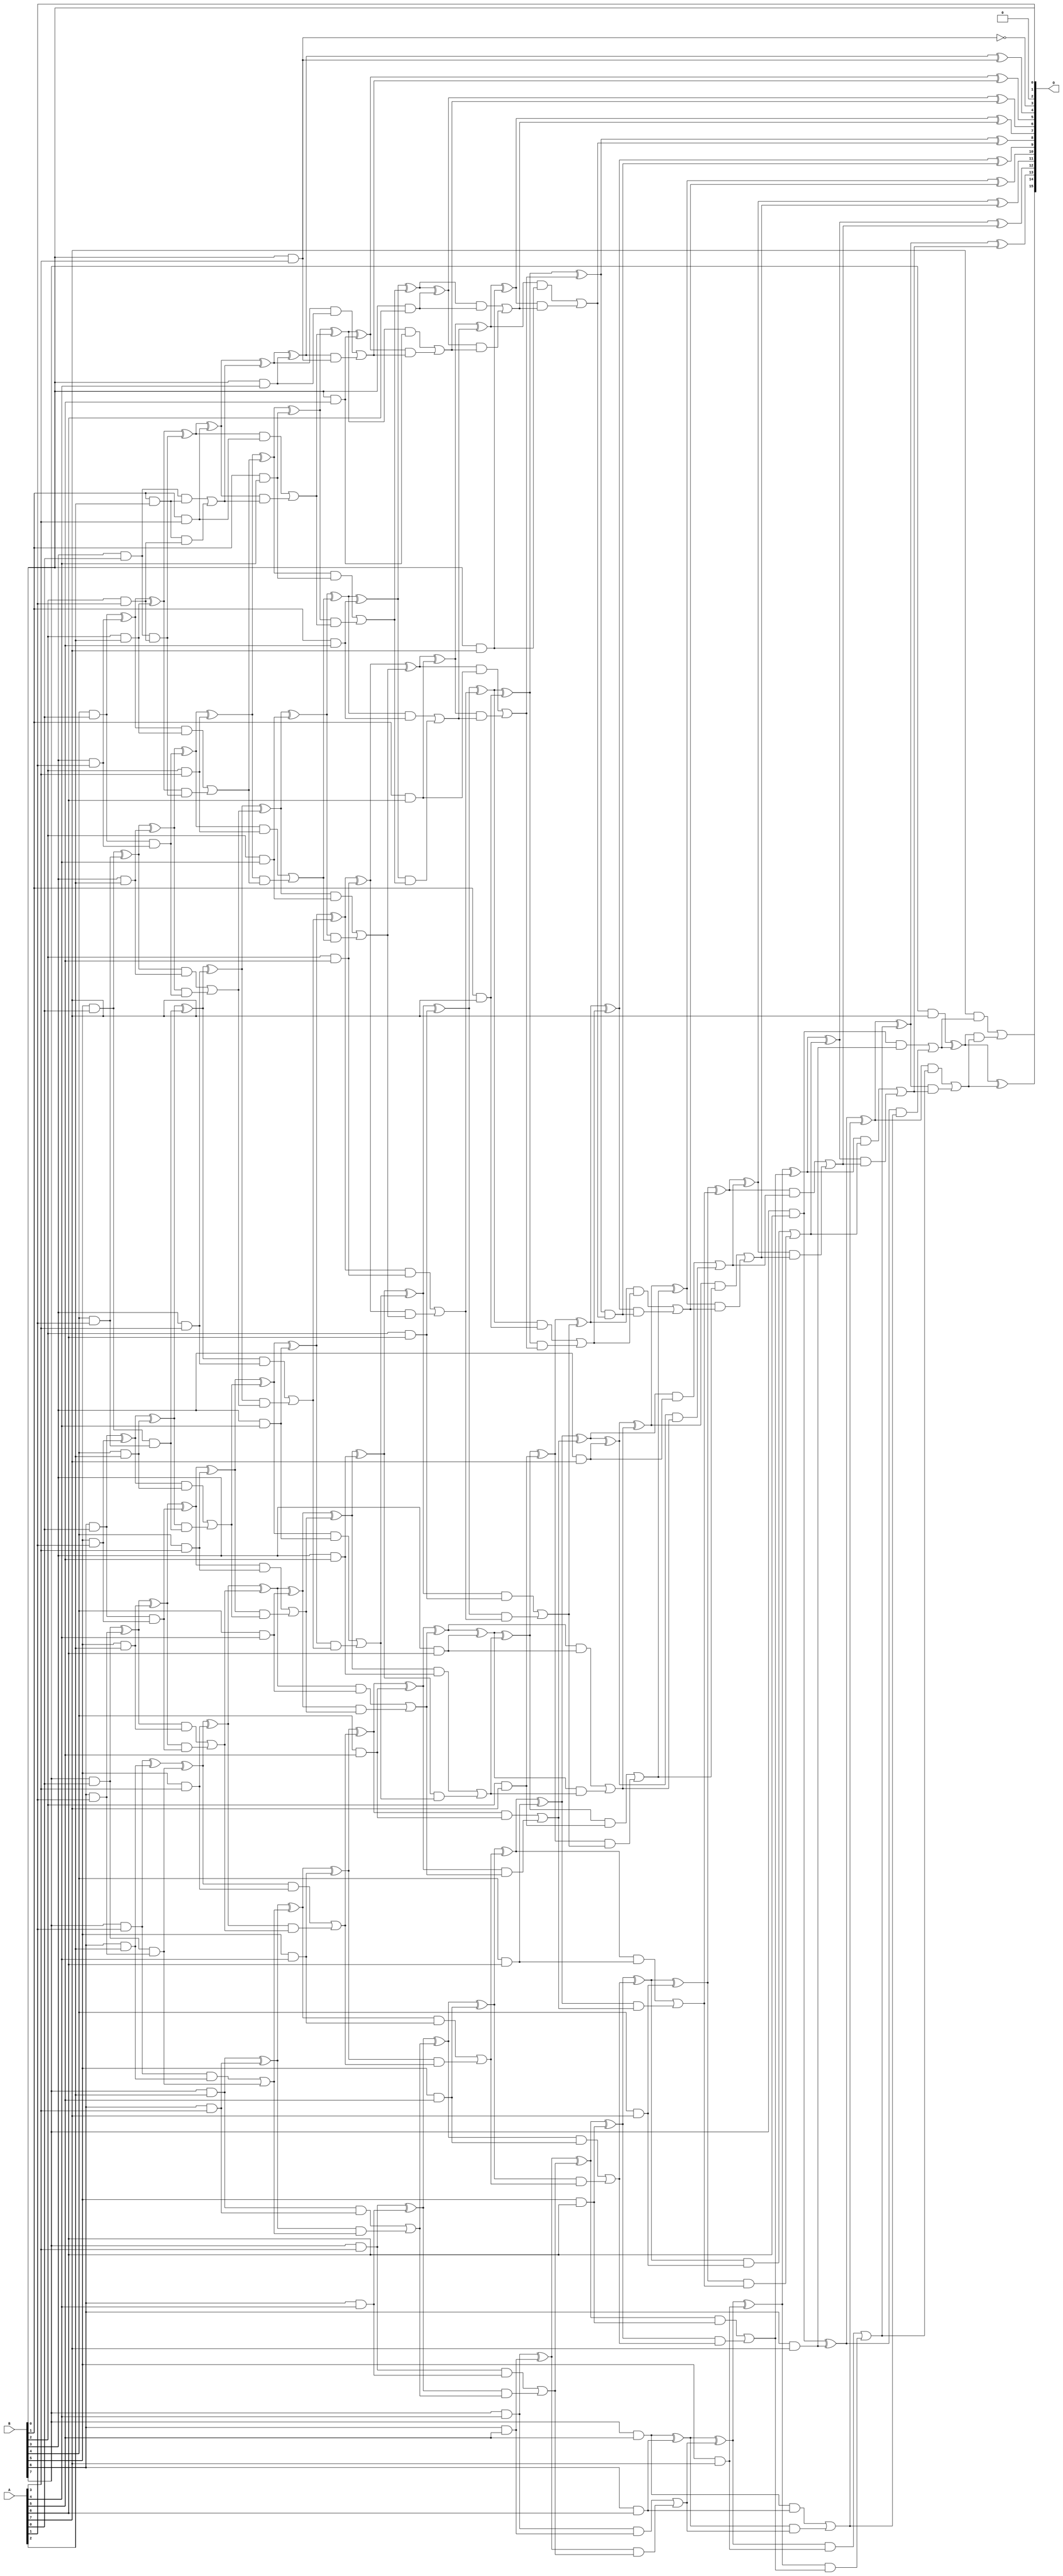
// This program was cloned from: https://github.com/ehw-fit/evoapproxlib
// License: MIT License

/***
* This code is a part of EvoApproxLib library (ehw.fit.vutbr.cz/approxlib) distributed under The MIT License.
* When used, please cite the following article(s): V. Mrazek, Z. Vasicek, L. Sekanina, H. Jiang and J. Han, "Scalable Construction of Approximate Multipliers With Formally Guaranteed Worst Case Error" in IEEE Transactions on Very Large Scale Integration (VLSI) Systems, vol. 26, no. 11, pp. 2572-2576, Nov. 2018. doi: 10.1109/TVLSI.2018.2856362 
* This file contains a circuit from a sub-set of pareto optimal circuits with respect to the pwr and wce parameters
***/
// MAE% = 0.00000011 %
// MAE = 4.9 
// WCE% = 0.00000023 %
// WCE = 10 
// WCRE% = 800.00 %
// EP% = 90.62 %
// MRE% = 0.000015 %
// MSE = 33 
// PDK45_PWR = 2.176 mW
// PDK45_AREA = 3128.4 um2
// PDK45_DELAY = 3.15 ns

module mult8_cgp14_wc10_csamrca (
    A,
    B,
    O
);

input [7:0] A;
input [7:0] B;
output [15:0] O;

wire sig_19,sig_20,sig_21,sig_22,sig_23,sig_26,sig_27,sig_28,sig_29,sig_30,sig_31,sig_37,sig_38,sig_39,sig_40,sig_41,sig_42,sig_43,sig_44,sig_45;
wire sig_47,sig_48,sig_49,sig_50,sig_51,sig_52,sig_53,sig_60,sig_61,sig_63,sig_64,sig_65,sig_66,sig_67,sig_68,sig_69,sig_70,sig_71,sig_72,sig_73;
wire sig_74,sig_75,sig_76,sig_77,sig_78,sig_79,sig_80,sig_81,sig_82,sig_83,sig_84,sig_85,sig_87,sig_88,sig_89,sig_90,sig_91,sig_92,sig_93,sig_94;
wire sig_95,sig_96,sig_100,sig_102,sig_103,sig_104,sig_105,sig_106,sig_107,sig_108,sig_109,sig_110,sig_111,sig_112,sig_113,sig_114,sig_115,sig_116,sig_117,sig_118;
wire sig_119,sig_120,sig_121,sig_122,sig_123,sig_124,sig_125,sig_126,sig_127,sig_128,sig_129,sig_130,sig_131,sig_132,sig_133,sig_134,sig_135,sig_136,sig_137,sig_138;
wire sig_139,sig_140,sig_141,sig_142,sig_143,sig_144,sig_145,sig_146,sig_147,sig_148,sig_149,sig_150,sig_151,sig_152,sig_153,sig_154,sig_155,sig_156,sig_157,sig_158;
wire sig_159,sig_160,sig_161,sig_162,sig_163,sig_164,sig_165,sig_166,sig_167,sig_168,sig_169,sig_170,sig_171,sig_172,sig_173,sig_174,sig_175,sig_176,sig_177,sig_178;
wire sig_179,sig_180,sig_181,sig_182,sig_183,sig_184,sig_185,sig_186,sig_187,sig_188,sig_189,sig_190,sig_191,sig_192,sig_193,sig_194,sig_195,sig_196,sig_197,sig_198;
wire sig_199,sig_200,sig_201,sig_202,sig_203,sig_204,sig_205,sig_206,sig_207,sig_208,sig_209,sig_210,sig_211,sig_212,sig_213,sig_214,sig_215,sig_216,sig_217,sig_218;
wire sig_219,sig_220,sig_221,sig_222,sig_223,sig_224,sig_225,sig_226,sig_227,sig_228,sig_229,sig_230,sig_231,sig_232,sig_233,sig_234,sig_235,sig_236,sig_237,sig_238;
wire sig_239,sig_240,sig_241,sig_242,sig_243,sig_244,sig_245,sig_246,sig_247,sig_248,sig_249,sig_250,sig_251,sig_252,sig_253,sig_254,sig_255,sig_256,sig_257,sig_258;
wire sig_259,sig_260,sig_261,sig_262,sig_263,sig_264,sig_265,sig_266,sig_267,sig_268,sig_269,sig_270,sig_271,sig_272,sig_273,sig_274,sig_275,sig_276,sig_277,sig_278;
wire sig_279,sig_280,sig_281,sig_282,sig_283,sig_284,sig_285,sig_286,sig_287,sig_288,sig_289,sig_290,sig_291,sig_292,sig_293,sig_294,sig_295,sig_296,sig_297,sig_298;
wire sig_299,sig_300,sig_301,sig_302,sig_303,sig_304,sig_305,sig_306,sig_307,sig_308,sig_309,sig_310,sig_311,sig_312,sig_313,sig_314,sig_315,sig_316,sig_317,sig_318;
wire sig_319,sig_320,sig_321,sig_322,sig_323,sig_324,sig_325,sig_326,sig_327,sig_328,sig_329,sig_330,sig_331,sig_332,sig_333,sig_334,sig_335;

assign sig_19 = B[3] & A[0];
assign sig_20 = B[4] & A[0];
assign sig_21 = B[5] & A[0];
assign sig_22 = B[6] & A[0];
assign sig_23 = B[7] & A[0];
assign sig_26 = B[2] & A[1];
assign sig_27 = B[3] & A[1];
assign sig_28 = B[4] & A[1];
assign sig_29 = B[5] & A[1];
assign sig_30 = B[6] & A[1];
assign sig_31 = B[7] & A[1];
assign sig_37 = sig_19 & sig_26;
assign sig_38 = sig_20 ^ sig_27;
assign sig_39 = sig_20 & sig_27;
assign sig_40 = sig_21 ^ sig_28;
assign sig_41 = sig_21 & sig_28;
assign sig_42 = sig_22 ^ sig_29;
assign sig_43 = sig_22 & sig_29;
assign sig_44 = sig_23 ^ sig_30;
assign sig_45 = sig_23 & sig_30;
assign sig_47 = B[1] & A[2];
assign sig_48 = B[2] & A[2];
assign sig_49 = B[3] & A[2];
assign sig_50 = B[4] & A[2];
assign sig_51 = B[5] & A[2];
assign sig_52 = B[6] & A[2];
assign sig_53 = B[7] & A[2];
assign sig_60 = sig_19 & sig_47;
assign sig_61 = sig_47 & sig_26;
assign sig_63 = sig_60 | sig_61;
assign sig_64 = sig_38 ^ sig_48;
assign sig_65 = sig_38 & sig_48;
assign sig_66 = sig_64 & sig_37;
assign sig_67 = sig_64 ^ sig_37;
assign sig_68 = sig_65 | sig_66;
assign sig_69 = sig_40 ^ sig_49;
assign sig_70 = sig_40 & sig_49;
assign sig_71 = sig_69 & sig_39;
assign sig_72 = sig_69 ^ sig_39;
assign sig_73 = sig_70 | sig_71;
assign sig_74 = sig_42 ^ sig_50;
assign sig_75 = sig_42 & sig_50;
assign sig_76 = sig_74 & sig_41;
assign sig_77 = sig_74 ^ sig_41;
assign sig_78 = sig_75 | sig_76;
assign sig_79 = sig_44 ^ sig_51;
assign sig_80 = sig_44 & sig_51;
assign sig_81 = sig_79 & sig_43;
assign sig_82 = sig_79 ^ sig_43;
assign sig_83 = sig_80 | sig_81;
assign sig_84 = sig_31 ^ sig_52;
assign sig_85 = sig_31 & sig_52;
assign sig_87 = sig_84 ^ sig_45;
assign sig_88 = sig_85 | sig_45;
assign sig_89 = B[0] & A[3];
assign sig_90 = B[1] & A[3];
assign sig_91 = B[2] & A[3];
assign sig_92 = B[3] & A[3];
assign sig_93 = B[4] & A[3];
assign sig_94 = B[5] & A[3];
assign sig_95 = B[6] & A[3];
assign sig_96 = B[7] & A[3];
assign sig_100 = ~sig_89;
assign sig_102 = sig_67 ^ sig_90;
assign sig_103 = sig_67 & sig_90;
assign sig_104 = sig_102 & sig_63;
assign sig_105 = sig_102 ^ sig_63;
assign sig_106 = sig_103 | sig_104;
assign sig_107 = sig_72 ^ sig_91;
assign sig_108 = sig_72 & sig_91;
assign sig_109 = sig_107 & sig_68;
assign sig_110 = sig_107 ^ sig_68;
assign sig_111 = sig_108 | sig_109;
assign sig_112 = sig_77 ^ sig_92;
assign sig_113 = sig_77 & sig_92;
assign sig_114 = sig_112 & sig_73;
assign sig_115 = sig_112 ^ sig_73;
assign sig_116 = sig_113 | sig_114;
assign sig_117 = sig_82 ^ sig_93;
assign sig_118 = sig_82 & sig_93;
assign sig_119 = sig_117 & sig_78;
assign sig_120 = sig_117 ^ sig_78;
assign sig_121 = sig_118 | sig_119;
assign sig_122 = sig_87 ^ sig_94;
assign sig_123 = sig_87 & sig_94;
assign sig_124 = sig_122 & sig_83;
assign sig_125 = sig_122 ^ sig_83;
assign sig_126 = sig_123 | sig_124;
assign sig_127 = sig_53 ^ sig_95;
assign sig_128 = sig_53 & sig_95;
assign sig_129 = sig_127 & sig_88;
assign sig_130 = sig_127 ^ sig_88;
assign sig_131 = sig_128 | sig_129;
assign sig_132 = B[0] & A[4];
assign sig_133 = B[1] & A[4];
assign sig_134 = B[2] & A[4];
assign sig_135 = B[3] & A[4];
assign sig_136 = B[4] & A[4];
assign sig_137 = B[5] & A[4];
assign sig_138 = B[6] & A[4];
assign sig_139 = B[7] & A[4];
assign sig_140 = sig_105 ^ sig_132;
assign sig_141 = sig_105 & sig_132;
assign sig_142 = sig_140 & sig_89;
assign sig_143 = sig_140 ^ sig_89;
assign sig_144 = sig_141 | sig_142;
assign sig_145 = sig_110 ^ sig_133;
assign sig_146 = sig_110 & sig_133;
assign sig_147 = sig_145 & sig_106;
assign sig_148 = sig_145 ^ sig_106;
assign sig_149 = sig_146 | sig_147;
assign sig_150 = sig_115 ^ sig_134;
assign sig_151 = sig_115 & sig_134;
assign sig_152 = sig_150 & sig_111;
assign sig_153 = sig_150 ^ sig_111;
assign sig_154 = sig_151 | sig_152;
assign sig_155 = sig_120 ^ sig_135;
assign sig_156 = sig_120 & sig_135;
assign sig_157 = sig_155 & sig_116;
assign sig_158 = sig_155 ^ sig_116;
assign sig_159 = sig_156 | sig_157;
assign sig_160 = sig_125 ^ sig_136;
assign sig_161 = sig_125 & sig_136;
assign sig_162 = sig_160 & sig_121;
assign sig_163 = sig_160 ^ sig_121;
assign sig_164 = sig_161 | sig_162;
assign sig_165 = sig_130 ^ sig_137;
assign sig_166 = sig_130 & sig_137;
assign sig_167 = sig_165 & sig_126;
assign sig_168 = sig_165 ^ sig_126;
assign sig_169 = sig_166 | sig_167;
assign sig_170 = sig_96 ^ sig_138;
assign sig_171 = sig_96 & sig_138;
assign sig_172 = sig_170 & sig_131;
assign sig_173 = sig_170 ^ sig_131;
assign sig_174 = sig_171 | sig_172;
assign sig_175 = B[0] & A[5];
assign sig_176 = B[1] & A[5];
assign sig_177 = B[2] & A[5];
assign sig_178 = B[3] & A[5];
assign sig_179 = B[4] & A[5];
assign sig_180 = B[5] & A[5];
assign sig_181 = B[6] & A[5];
assign sig_182 = B[7] & A[5];
assign sig_183 = sig_148 ^ sig_175;
assign sig_184 = sig_148 & sig_175;
assign sig_185 = sig_183 & sig_144;
assign sig_186 = sig_183 ^ sig_144;
assign sig_187 = sig_184 | sig_185;
assign sig_188 = sig_153 ^ sig_176;
assign sig_189 = sig_153 & sig_176;
assign sig_190 = sig_188 & sig_149;
assign sig_191 = sig_188 ^ sig_149;
assign sig_192 = sig_189 | sig_190;
assign sig_193 = sig_158 ^ sig_177;
assign sig_194 = sig_158 & sig_177;
assign sig_195 = sig_193 & sig_154;
assign sig_196 = sig_193 ^ sig_154;
assign sig_197 = sig_194 | sig_195;
assign sig_198 = sig_163 ^ sig_178;
assign sig_199 = sig_163 & sig_178;
assign sig_200 = sig_198 & sig_159;
assign sig_201 = sig_198 ^ sig_159;
assign sig_202 = sig_199 | sig_200;
assign sig_203 = sig_168 ^ sig_179;
assign sig_204 = sig_168 & sig_179;
assign sig_205 = sig_203 & sig_164;
assign sig_206 = sig_203 ^ sig_164;
assign sig_207 = sig_204 | sig_205;
assign sig_208 = sig_173 ^ sig_180;
assign sig_209 = sig_173 & sig_180;
assign sig_210 = sig_208 & sig_169;
assign sig_211 = sig_208 ^ sig_169;
assign sig_212 = sig_209 | sig_210;
assign sig_213 = sig_139 ^ sig_181;
assign sig_214 = sig_139 & sig_181;
assign sig_215 = sig_213 & sig_174;
assign sig_216 = sig_213 ^ sig_174;
assign sig_217 = sig_214 | sig_215;
assign sig_218 = B[0] & A[6];
assign sig_219 = B[1] & A[6];
assign sig_220 = B[2] & A[6];
assign sig_221 = B[3] & A[6];
assign sig_222 = B[4] & A[6];
assign sig_223 = B[5] & A[6];
assign sig_224 = B[6] & A[6];
assign sig_225 = B[7] & A[6];
assign sig_226 = sig_191 ^ sig_218;
assign sig_227 = sig_191 & sig_218;
assign sig_228 = sig_226 & sig_187;
assign sig_229 = sig_226 ^ sig_187;
assign sig_230 = sig_227 | sig_228;
assign sig_231 = sig_196 ^ sig_219;
assign sig_232 = sig_196 & sig_219;
assign sig_233 = sig_231 & sig_192;
assign sig_234 = sig_231 ^ sig_192;
assign sig_235 = sig_232 | sig_233;
assign sig_236 = sig_201 ^ sig_220;
assign sig_237 = sig_201 & sig_220;
assign sig_238 = sig_236 & sig_197;
assign sig_239 = sig_236 ^ sig_197;
assign sig_240 = sig_237 | sig_238;
assign sig_241 = sig_206 ^ sig_221;
assign sig_242 = sig_206 & sig_221;
assign sig_243 = sig_241 & sig_202;
assign sig_244 = sig_241 ^ sig_202;
assign sig_245 = sig_242 | sig_243;
assign sig_246 = sig_211 ^ sig_222;
assign sig_247 = sig_211 & sig_222;
assign sig_248 = sig_246 & sig_207;
assign sig_249 = sig_246 ^ sig_207;
assign sig_250 = sig_247 | sig_248;
assign sig_251 = sig_216 ^ sig_223;
assign sig_252 = sig_216 & sig_223;
assign sig_253 = sig_251 & sig_212;
assign sig_254 = sig_251 ^ sig_212;
assign sig_255 = sig_252 | sig_253;
assign sig_256 = sig_182 ^ sig_224;
assign sig_257 = sig_182 & sig_224;
assign sig_258 = sig_256 & sig_217;
assign sig_259 = sig_256 ^ sig_217;
assign sig_260 = sig_257 | sig_258;
assign sig_261 = B[0] & A[7];
assign sig_262 = B[1] & A[7];
assign sig_263 = B[2] & A[7];
assign sig_264 = B[3] & A[7];
assign sig_265 = B[4] & A[7];
assign sig_266 = B[5] & A[7];
assign sig_267 = B[6] & A[7];
assign sig_268 = B[7] & A[7];
assign sig_269 = sig_234 ^ sig_261;
assign sig_270 = sig_234 & sig_261;
assign sig_271 = sig_269 & sig_230;
assign sig_272 = sig_269 ^ sig_230;
assign sig_273 = sig_270 | sig_271;
assign sig_274 = sig_239 ^ sig_262;
assign sig_275 = sig_239 & sig_262;
assign sig_276 = sig_274 & sig_235;
assign sig_277 = sig_274 ^ sig_235;
assign sig_278 = sig_275 | sig_276;
assign sig_279 = sig_244 ^ sig_263;
assign sig_280 = sig_244 & sig_263;
assign sig_281 = sig_279 & sig_240;
assign sig_282 = sig_279 ^ sig_240;
assign sig_283 = sig_280 | sig_281;
assign sig_284 = sig_249 ^ sig_264;
assign sig_285 = sig_249 & sig_264;
assign sig_286 = sig_284 & sig_245;
assign sig_287 = sig_284 ^ sig_245;
assign sig_288 = sig_285 | sig_286;
assign sig_289 = sig_254 ^ sig_265;
assign sig_290 = sig_254 & sig_265;
assign sig_291 = sig_289 & sig_250;
assign sig_292 = sig_289 ^ sig_250;
assign sig_293 = sig_290 | sig_291;
assign sig_294 = sig_259 ^ sig_266;
assign sig_295 = sig_259 & sig_266;
assign sig_296 = sig_294 & sig_255;
assign sig_297 = sig_294 ^ sig_255;
assign sig_298 = sig_295 | sig_296;
assign sig_299 = sig_225 ^ sig_267;
assign sig_300 = sig_225 & sig_267;
assign sig_301 = sig_299 & sig_260;
assign sig_302 = sig_299 ^ sig_260;
assign sig_303 = sig_300 | sig_301;
assign sig_304 = sig_277 ^ sig_273;
assign sig_305 = sig_277 & sig_273;
assign sig_306 = sig_282 ^ sig_278;
assign sig_307 = sig_282 & sig_278;
assign sig_308 = sig_306 & sig_305;
assign sig_309 = sig_306 ^ sig_305;
assign sig_310 = sig_307 | sig_308;
assign sig_311 = sig_287 ^ sig_283;
assign sig_312 = sig_287 & sig_283;
assign sig_313 = sig_311 & sig_310;
assign sig_314 = sig_311 ^ sig_310;
assign sig_315 = sig_312 | sig_313;
assign sig_316 = sig_292 ^ sig_288;
assign sig_317 = sig_292 & sig_288;
assign sig_318 = sig_316 & sig_315;
assign sig_319 = sig_316 ^ sig_315;
assign sig_320 = sig_317 | sig_318;
assign sig_321 = sig_297 ^ sig_293;
assign sig_322 = sig_297 & sig_293;
assign sig_323 = sig_321 & sig_320;
assign sig_324 = sig_321 ^ sig_320;
assign sig_325 = sig_322 | sig_323;
assign sig_326 = sig_302 ^ sig_298;
assign sig_327 = sig_302 & sig_298;
assign sig_328 = sig_326 & sig_325;
assign sig_329 = sig_326 ^ sig_325;
assign sig_330 = sig_327 | sig_328;
assign sig_331 = sig_268 ^ sig_303;
assign sig_332 = A[7] & sig_303;
assign sig_333 = sig_331 & sig_330;
assign sig_334 = sig_331 ^ sig_330;
assign sig_335 = sig_332 | sig_333;

assign O[15] = sig_335;
assign O[14] = sig_334;
assign O[13] = sig_329;
assign O[12] = sig_324;
assign O[11] = sig_319;
assign O[10] = sig_314;
assign O[9] = sig_309;
assign O[8] = sig_304;
assign O[7] = sig_272;
assign O[6] = sig_229;
assign O[5] = sig_186;
assign O[4] = sig_143;
assign O[3] = sig_100;
assign O[2] = 1'b0;
assign O[1] = A[1];
assign O[0] = B[0];

endmodule



module mul8_364(A, B, O);
  input [7:0] A;
  input [7:0] B;
  output [15:0] O;
  wire [2031:0] N;

  assign N[0] = A[0];
  assign N[1] = A[0];
  assign N[2] = A[1];
  assign N[3] = A[1];
  assign N[4] = A[2];
  assign N[5] = A[2];
  assign N[6] = A[3];
  assign N[7] = A[3];
  assign N[8] = A[4];
  assign N[9] = A[4];
  assign N[10] = A[5];
  assign N[11] = A[5];
  assign N[12] = A[6];
  assign N[13] = A[6];
  assign N[14] = A[7];
  assign N[15] = A[7];
  assign N[16] = B[0];
  assign N[17] = B[0];
  assign N[18] = B[1];
  assign N[19] = B[1];
  assign N[20] = B[2];
  assign N[21] = B[2];
  assign N[22] = B[3];
  assign N[23] = B[3];
  assign N[24] = B[4];
  assign N[25] = B[4];
  assign N[26] = B[5];
  assign N[27] = B[5];
  assign N[28] = B[6];
  assign N[29] = B[6];
  assign N[30] = B[7];
  assign N[31] = B[7];

  PDKGENAND2X1 n32(.A(N[0]), .B(N[16]), .Y(N[32]));
  PDKGENAND2X1 n48(.A(N[2]), .B(N[16]), .Y(N[48]));
  PDKGENAND2X1 n64(.A(N[4]), .B(N[16]), .Y(N[64]));
  PDKGENAND2X1 n82(.A(N[6]), .B(N[16]), .Y(N[82]));
  PDKGENAND2X1 n98(.A(N[8]), .B(N[16]), .Y(N[98]));
  PDKGENAND2X1 n114(.A(N[10]), .B(N[16]), .Y(N[114]));
  PDKGENAND2X1 n132(.A(N[12]), .B(N[16]), .Y(N[132]));
  PDKGENAND2X1 n148(.A(N[14]), .B(N[16]), .Y(N[148]));
  assign N[149] = N[148];
  PDKGENAND2X1 n164(.A(N[0]), .B(N[18]), .Y(N[164]));
  PDKGENBUFX2 n166(.A(N[149]), .Y(N[166]));
  assign N[167] = N[166];
  PDKGENAND2X1 n182(.A(N[2]), .B(N[18]), .Y(N[182]));
  PDKGENAND2X1 n198(.A(N[4]), .B(N[18]), .Y(N[198]));
  PDKGENAND2X1 n214(.A(N[6]), .B(N[18]), .Y(N[214]));
  PDKGENAND2X1 n232(.A(N[8]), .B(N[18]), .Y(N[232]));
  PDKGENAND2X1 n248(.A(N[10]), .B(N[18]), .Y(N[248]));
  PDKGENAND2X1 n264(.A(N[12]), .B(N[18]), .Y(N[264]));
  PDKGENAND2X1 n282(.A(N[14]), .B(N[18]), .Y(N[282]));
  PDKGENHAX1 n298(.A(N[48]), .B(N[164]), .YS(N[298]), .YC(N[299]));
  PDKGENHAX1 n314(.A(N[64]), .B(N[182]), .YS(N[314]), .YC(N[315]));
  PDKGENHAX1 n332(.A(N[82]), .B(N[198]), .YS(N[332]), .YC(N[333]));
  PDKGENHAX1 n348(.A(N[98]), .B(N[214]), .YS(N[348]), .YC(N[349]));
  PDKGENHAX1 n364(.A(N[114]), .B(N[232]), .YS(N[364]), .YC(N[365]));
  PDKGENHAX1 n382(.A(N[132]), .B(N[248]), .YS(N[382]), .YC(N[383]));
  PDKGENHAX1 n398(.A(N[167]), .B(N[264]), .YS(N[398]), .YC(N[399]));
  PDKGENAND2X1 n414(.A(N[0]), .B(N[20]), .Y(N[414]));
  PDKGENAND2X1 n432(.A(N[2]), .B(N[20]), .Y(N[432]));
  PDKGENAND2X1 n448(.A(N[4]), .B(N[20]), .Y(N[448]));
  PDKGENAND2X1 n464(.A(N[6]), .B(N[20]), .Y(N[464]));
  PDKGENAND2X1 n482(.A(N[8]), .B(N[20]), .Y(N[482]));
  PDKGENAND2X1 n498(.A(N[10]), .B(N[20]), .Y(N[498]));
  PDKGENAND2X1 n514(.A(N[12]), .B(N[20]), .Y(N[514]));
  PDKGENAND2X1 n532(.A(N[14]), .B(N[20]), .Y(N[532]));
  PDKGENFAX1 n548(.A(N[314]), .B(N[414]), .C(N[299]), .YS(N[548]), .YC(N[549]));
  PDKGENFAX1 n564(.A(N[332]), .B(N[432]), .C(N[315]), .YS(N[564]), .YC(N[565]));
  PDKGENFAX1 n582(.A(N[348]), .B(N[448]), .C(N[333]), .YS(N[582]), .YC(N[583]));
  PDKGENFAX1 n598(.A(N[364]), .B(N[464]), .C(N[349]), .YS(N[598]), .YC(N[599]));
  PDKGENFAX1 n614(.A(N[382]), .B(N[482]), .C(N[365]), .YS(N[614]), .YC(N[615]));
  PDKGENFAX1 n632(.A(N[398]), .B(N[498]), .C(N[383]), .YS(N[632]), .YC(N[633]));
  PDKGENFAX1 n648(.A(N[282]), .B(N[514]), .C(N[399]), .YS(N[648]), .YC(N[649]));
  PDKGENAND2X1 n664(.A(N[0]), .B(N[22]), .Y(N[664]));
  PDKGENAND2X1 n682(.A(N[2]), .B(N[22]), .Y(N[682]));
  PDKGENAND2X1 n698(.A(N[4]), .B(N[22]), .Y(N[698]));
  PDKGENAND2X1 n714(.A(N[6]), .B(N[22]), .Y(N[714]));
  PDKGENAND2X1 n732(.A(N[8]), .B(N[22]), .Y(N[732]));
  PDKGENAND2X1 n748(.A(N[10]), .B(N[22]), .Y(N[748]));
  PDKGENAND2X1 n764(.A(N[12]), .B(N[22]), .Y(N[764]));
  PDKGENAND2X1 n782(.A(N[14]), .B(N[22]), .Y(N[782]));
  PDKGENFAX1 n798(.A(N[564]), .B(N[664]), .C(N[549]), .YS(N[798]), .YC(N[799]));
  PDKGENFAX1 n814(.A(N[582]), .B(N[682]), .C(N[565]), .YS(N[814]), .YC(N[815]));
  PDKGENFAX1 n832(.A(N[598]), .B(N[698]), .C(N[583]), .YS(N[832]), .YC(N[833]));
  PDKGENFAX1 n848(.A(N[614]), .B(N[714]), .C(N[599]), .YS(N[848]), .YC(N[849]));
  PDKGENFAX1 n864(.A(N[632]), .B(N[732]), .C(N[615]), .YS(N[864]), .YC(N[865]));
  PDKGENFAX1 n882(.A(N[648]), .B(N[748]), .C(N[633]), .YS(N[882]), .YC(N[883]));
  PDKGENFAX1 n898(.A(N[532]), .B(N[764]), .C(N[649]), .YS(N[898]), .YC(N[899]));
  PDKGENAND2X1 n914(.A(N[0]), .B(N[24]), .Y(N[914]));
  PDKGENAND2X1 n932(.A(N[2]), .B(N[24]), .Y(N[932]));
  PDKGENAND2X1 n948(.A(N[4]), .B(N[24]), .Y(N[948]));
  PDKGENAND2X1 n964(.A(N[6]), .B(N[24]), .Y(N[964]));
  PDKGENAND2X1 n982(.A(N[8]), .B(N[24]), .Y(N[982]));
  PDKGENAND2X1 n998(.A(N[10]), .B(N[24]), .Y(N[998]));
  PDKGENAND2X1 n1014(.A(N[12]), .B(N[24]), .Y(N[1014]));
  PDKGENAND2X1 n1032(.A(N[14]), .B(N[24]), .Y(N[1032]));
  PDKGENFAX1 n1048(.A(N[814]), .B(N[914]), .C(N[799]), .YS(N[1048]), .YC(N[1049]));
  PDKGENFAX1 n1064(.A(N[832]), .B(N[932]), .C(N[815]), .YS(N[1064]), .YC(N[1065]));
  PDKGENFAX1 n1082(.A(N[848]), .B(N[948]), .C(N[833]), .YS(N[1082]), .YC(N[1083]));
  PDKGENFAX1 n1098(.A(N[864]), .B(N[964]), .C(N[849]), .YS(N[1098]), .YC(N[1099]));
  PDKGENFAX1 n1114(.A(N[882]), .B(N[982]), .C(N[865]), .YS(N[1114]), .YC(N[1115]));
  PDKGENFAX1 n1132(.A(N[898]), .B(N[998]), .C(N[883]), .YS(N[1132]), .YC(N[1133]));
  PDKGENFAX1 n1148(.A(N[782]), .B(N[1014]), .C(N[899]), .YS(N[1148]), .YC(N[1149]));
  PDKGENAND2X1 n1164(.A(N[0]), .B(N[26]), .Y(N[1164]));
  PDKGENAND2X1 n1182(.A(N[2]), .B(N[26]), .Y(N[1182]));
  PDKGENAND2X1 n1198(.A(N[4]), .B(N[26]), .Y(N[1198]));
  PDKGENAND2X1 n1214(.A(N[6]), .B(N[26]), .Y(N[1214]));
  PDKGENAND2X1 n1232(.A(N[8]), .B(N[26]), .Y(N[1232]));
  PDKGENAND2X1 n1248(.A(N[10]), .B(N[26]), .Y(N[1248]));
  PDKGENAND2X1 n1264(.A(N[12]), .B(N[26]), .Y(N[1264]));
  PDKGENAND2X1 n1282(.A(N[14]), .B(N[26]), .Y(N[1282]));
  PDKGENFAX1 n1298(.A(N[1064]), .B(N[1164]), .C(N[1049]), .YS(N[1298]), .YC(N[1299]));
  PDKGENFAX1 n1314(.A(N[1082]), .B(N[1182]), .C(N[1065]), .YS(N[1314]), .YC(N[1315]));
  PDKGENFAX1 n1332(.A(N[1098]), .B(N[1198]), .C(N[1083]), .YS(N[1332]), .YC(N[1333]));
  PDKGENFAX1 n1348(.A(N[1114]), .B(N[1214]), .C(N[1099]), .YS(N[1348]), .YC(N[1349]));
  PDKGENFAX1 n1364(.A(N[1132]), .B(N[1232]), .C(N[1115]), .YS(N[1364]), .YC(N[1365]));
  PDKGENFAX1 n1382(.A(N[1148]), .B(N[1248]), .C(N[1133]), .YS(N[1382]), .YC(N[1383]));
  PDKGENFAX1 n1398(.A(N[1032]), .B(N[1264]), .C(N[1149]), .YS(N[1398]), .YC(N[1399]));
  PDKGENAND2X1 n1414(.A(N[0]), .B(N[28]), .Y(N[1414]));
  PDKGENAND2X1 n1432(.A(N[2]), .B(N[28]), .Y(N[1432]));
  PDKGENAND2X1 n1448(.A(N[4]), .B(N[28]), .Y(N[1448]));
  PDKGENAND2X1 n1464(.A(N[6]), .B(N[28]), .Y(N[1464]));
  PDKGENAND2X1 n1482(.A(N[8]), .B(N[28]), .Y(N[1482]));
  PDKGENAND2X1 n1498(.A(N[10]), .B(N[28]), .Y(N[1498]));
  PDKGENAND2X1 n1514(.A(N[12]), .B(N[28]), .Y(N[1514]));
  PDKGENAND2X1 n1532(.A(N[14]), .B(N[28]), .Y(N[1532]));
  PDKGENFAX1 n1548(.A(N[1314]), .B(N[1414]), .C(N[1299]), .YS(N[1548]), .YC(N[1549]));
  PDKGENFAX1 n1564(.A(N[1332]), .B(N[1432]), .C(N[1315]), .YS(N[1564]), .YC(N[1565]));
  PDKGENFAX1 n1582(.A(N[1348]), .B(N[1448]), .C(N[1333]), .YS(N[1582]), .YC(N[1583]));
  PDKGENFAX1 n1598(.A(N[1364]), .B(N[1464]), .C(N[1349]), .YS(N[1598]), .YC(N[1599]));
  PDKGENFAX1 n1614(.A(N[1382]), .B(N[1482]), .C(N[1365]), .YS(N[1614]), .YC(N[1615]));
  PDKGENFAX1 n1632(.A(N[1398]), .B(N[1498]), .C(N[1383]), .YS(N[1632]), .YC(N[1633]));
  PDKGENFAX1 n1648(.A(N[1282]), .B(N[1514]), .C(N[1399]), .YS(N[1648]), .YC(N[1649]));
  PDKGENAND2X1 n1664(.A(N[0]), .B(N[30]), .Y(N[1664]));
  PDKGENAND2X1 n1682(.A(N[2]), .B(N[30]), .Y(N[1682]));
  PDKGENAND2X1 n1698(.A(N[4]), .B(N[30]), .Y(N[1698]));
  PDKGENAND2X1 n1714(.A(N[6]), .B(N[30]), .Y(N[1714]));
  PDKGENAND2X1 n1732(.A(N[8]), .B(N[30]), .Y(N[1732]));
  PDKGENAND2X1 n1748(.A(N[10]), .B(N[30]), .Y(N[1748]));
  PDKGENAND2X1 n1764(.A(N[12]), .B(N[30]), .Y(N[1764]));
  PDKGENAND2X1 n1782(.A(N[14]), .B(N[30]), .Y(N[1782]));
  PDKGENFAX1 n1798(.A(N[1564]), .B(N[1664]), .C(N[1549]), .YS(N[1798]), .YC(N[1799]));
  PDKGENFAX1 n1814(.A(N[1582]), .B(N[1682]), .C(N[1565]), .YS(N[1814]), .YC(N[1815]));
  PDKGENFAX1 n1832(.A(N[1598]), .B(N[1698]), .C(N[1583]), .YS(N[1832]), .YC(N[1833]));
  PDKGENFAX1 n1848(.A(N[1614]), .B(N[1714]), .C(N[1599]), .YS(N[1848]), .YC(N[1849]));
  PDKGENFAX1 n1864(.A(N[1632]), .B(N[1732]), .C(N[1615]), .YS(N[1864]), .YC(N[1865]));
  PDKGENFAX1 n1882(.A(N[1648]), .B(N[1748]), .C(N[1633]), .YS(N[1882]), .YC(N[1883]));
  PDKGENFAX1 n1898(.A(N[1532]), .B(N[1764]), .C(N[1649]), .YS(N[1898]), .YC(N[1899]));
  PDKGENHAX1 n1914(.A(N[1814]), .B(N[1799]), .YS(N[1914]), .YC(N[1915]));
  PDKGENFAX1 n1932(.A(N[1832]), .B(N[1815]), .C(N[1915]), .YS(N[1932]), .YC(N[1933]));
  PDKGENFAX1 n1948(.A(N[1848]), .B(N[1833]), .C(N[1933]), .YS(N[1948]), .YC(N[1949]));
  PDKGENFAX1 n1964(.A(N[1864]), .B(N[1849]), .C(N[1949]), .YS(N[1964]), .YC(N[1965]));
  PDKGENFAX1 n1982(.A(N[1882]), .B(N[1865]), .C(N[1965]), .YS(N[1982]), .YC(N[1983]));
  PDKGENFAX1 n1998(.A(N[1898]), .B(N[1883]), .C(N[1983]), .YS(N[1998]), .YC(N[1999]));
  PDKGENFAX1 n2014(.A(N[1782]), .B(N[1899]), .C(N[1999]), .YS(N[2014]), .YC(N[2015]));

  assign O[0] = N[32];
  assign O[1] = N[298];
  assign O[2] = N[548];
  assign O[3] = N[798];
  assign O[4] = N[1048];
  assign O[5] = N[1298];
  assign O[6] = N[1548];
  assign O[7] = N[1798];
  assign O[8] = N[1914];
  assign O[9] = N[1932];
  assign O[10] = N[1948];
  assign O[11] = N[1964];
  assign O[12] = N[1982];
  assign O[13] = N[1998];
  assign O[14] = N[2014];
  assign O[15] = N[2015];

endmodule


module trun8_tam00b ( A, B, O );
  input [7:0] A;
  input [7:0] B;
  output [15:0] O;

  wire C_1_0,C_1_1,C_1_2,C_1_3,C_1_4,C_1_5,C_1_6,C_2_0,C_2_1,C_2_2,C_2_3,C_2_4,C_2_5,C_2_6,C_3_0,C_3_1,C_3_2,C_3_3,C_3_4,C_3_5,C_3_6,C_4_0,C_4_1,C_4_2,C_4_3,C_4_4,C_4_5,C_4_6,C_5_0,C_5_1,C_5_2,C_5_3,C_5_4,C_5_5,C_5_6,C_6_0,C_6_1,C_6_2,C_6_3,C_6_4,C_6_5,C_6_6,C_7_0,C_7_1,C_7_2,C_7_3,C_7_4,C_7_5,C_7_6,S_0_0,S_0_1,S_0_2,S_0_3,S_0_4,S_0_5,S_0_6,S_0_7,S_1_0,S_1_1,S_1_2,S_1_3,S_1_4,S_1_5,S_1_6,S_1_7,S_2_0,S_2_1,S_2_2,S_2_3,S_2_4,S_2_5,S_2_6,S_2_7,S_3_0,S_3_1,S_3_2,S_3_3,S_3_4,S_3_5,S_3_6,S_3_7,S_4_0,S_4_1,S_4_2,S_4_3,S_4_4,S_4_5,S_4_6,S_4_7,S_5_0,S_5_1,S_5_2,S_5_3,S_5_4,S_5_5,S_5_6,S_5_7,S_6_0,S_6_1,S_6_2,S_6_3,S_6_4,S_6_5,S_6_6,S_6_7,S_7_0,S_7_1,S_7_2,S_7_3,S_7_4,S_7_5,S_7_6,S_7_7,S_8_0,S_8_1,S_8_2,S_8_3,S_8_4,S_8_5,S_8_6,S_8_7;

  assign S_0_0 = (A[0] & B[0]);
  assign S_0_1 = (A[0] & B[1]);
  assign S_0_2 = (A[0] & B[2]);
  assign S_0_3 = (A[0] & B[3]);
  assign S_0_4 = (A[0] & B[4]);
  assign S_0_5 = (A[0] & B[5]);
  assign S_0_6 = (A[0] & B[6]);
  assign S_0_7 = (A[0] & B[7]);
  PDKGENHAX1 U13609 (.A(S_0_1), .B((A[1] & B[0])), .YS(S_1_0), .YC(C_1_0));
  PDKGENHAX1 U13610 (.A(S_0_2), .B((A[1] & B[1])), .YS(S_1_1), .YC(C_1_1));
  PDKGENHAX1 U13611 (.A(S_0_3), .B((A[1] & B[2])), .YS(S_1_2), .YC(C_1_2));
  PDKGENHAX1 U13612 (.A(S_0_4), .B((A[1] & B[3])), .YS(S_1_3), .YC(C_1_3));
  PDKGENHAX1 U13613 (.A(S_0_5), .B((A[1] & B[4])), .YS(S_1_4), .YC(C_1_4));
  PDKGENHAX1 U13614 (.A(S_0_6), .B((A[1] & B[5])), .YS(S_1_5), .YC(C_1_5));
  PDKGENHAX1 U13615 (.A(S_0_7), .B((A[1] & B[6])), .YS(S_1_6), .YC(C_1_6));
  assign S_1_7 = (A[1] & B[7]);
  PDKGENFAX1 U13617 (.A(S_1_1), .B(C_1_0), .C((A[2] & B[0])), .YS(S_2_0), .YC(C_2_0));
  PDKGENFAX1 U13618 (.A(S_1_2), .B(C_1_1), .C((A[2] & B[1])), .YS(S_2_1), .YC(C_2_1));
  PDKGENFAX1 U13619 (.A(S_1_3), .B(C_1_2), .C((A[2] & B[2])), .YS(S_2_2), .YC(C_2_2));
  PDKGENFAX1 U13620 (.A(S_1_4), .B(C_1_3), .C((A[2] & B[3])), .YS(S_2_3), .YC(C_2_3));
  PDKGENFAX1 U13621 (.A(S_1_5), .B(C_1_4), .C((A[2] & B[4])), .YS(S_2_4), .YC(C_2_4));
  PDKGENFAX1 U13622 (.A(S_1_6), .B(C_1_5), .C((A[2] & B[5])), .YS(S_2_5), .YC(C_2_5));
  PDKGENFAX1 U13623 (.A(S_1_7), .B(C_1_6), .C((A[2] & B[6])), .YS(S_2_6), .YC(C_2_6));
  assign S_2_7 = (A[2] & B[7]);
  PDKGENFAX1 U13625 (.A(S_2_1), .B(C_2_0), .C((A[3] & B[0])), .YS(S_3_0), .YC(C_3_0));
  PDKGENFAX1 U13626 (.A(S_2_2), .B(C_2_1), .C((A[3] & B[1])), .YS(S_3_1), .YC(C_3_1));
  PDKGENFAX1 U13627 (.A(S_2_3), .B(C_2_2), .C((A[3] & B[2])), .YS(S_3_2), .YC(C_3_2));
  PDKGENFAX1 U13628 (.A(S_2_4), .B(C_2_3), .C((A[3] & B[3])), .YS(S_3_3), .YC(C_3_3));
  PDKGENFAX1 U13629 (.A(S_2_5), .B(C_2_4), .C((A[3] & B[4])), .YS(S_3_4), .YC(C_3_4));
  PDKGENFAX1 U13630 (.A(S_2_6), .B(C_2_5), .C((A[3] & B[5])), .YS(S_3_5), .YC(C_3_5));
  PDKGENFAX1 U13631 (.A(S_2_7), .B(C_2_6), .C((A[3] & B[6])), .YS(S_3_6), .YC(C_3_6));
  assign S_3_7 = (A[3] & B[7]);
  PDKGENFAX1 U13633 (.A(S_3_1), .B(C_3_0), .C((A[4] & B[0])), .YS(S_4_0), .YC(C_4_0));
  PDKGENFAX1 U13634 (.A(S_3_2), .B(C_3_1), .C((A[4] & B[1])), .YS(S_4_1), .YC(C_4_1));
  PDKGENFAX1 U13635 (.A(S_3_3), .B(C_3_2), .C((A[4] & B[2])), .YS(S_4_2), .YC(C_4_2));
  PDKGENFAX1 U13636 (.A(S_3_4), .B(C_3_3), .C((A[4] & B[3])), .YS(S_4_3), .YC(C_4_3));
  PDKGENFAX1 U13637 (.A(S_3_5), .B(C_3_4), .C((A[4] & B[4])), .YS(S_4_4), .YC(C_4_4));
  PDKGENFAX1 U13638 (.A(S_3_6), .B(C_3_5), .C((A[4] & B[5])), .YS(S_4_5), .YC(C_4_5));
  PDKGENFAX1 U13639 (.A(S_3_7), .B(C_3_6), .C((A[4] & B[6])), .YS(S_4_6), .YC(C_4_6));
  assign S_4_7 = (A[4] & B[7]);
  PDKGENFAX1 U13641 (.A(S_4_1), .B(C_4_0), .C((A[5] & B[0])), .YS(S_5_0), .YC(C_5_0));
  PDKGENFAX1 U13642 (.A(S_4_2), .B(C_4_1), .C((A[5] & B[1])), .YS(S_5_1), .YC(C_5_1));
  PDKGENFAX1 U13643 (.A(S_4_3), .B(C_4_2), .C((A[5] & B[2])), .YS(S_5_2), .YC(C_5_2));
  PDKGENFAX1 U13644 (.A(S_4_4), .B(C_4_3), .C((A[5] & B[3])), .YS(S_5_3), .YC(C_5_3));
  PDKGENFAX1 U13645 (.A(S_4_5), .B(C_4_4), .C((A[5] & B[4])), .YS(S_5_4), .YC(C_5_4));
  PDKGENFAX1 U13646 (.A(S_4_6), .B(C_4_5), .C((A[5] & B[5])), .YS(S_5_5), .YC(C_5_5));
  PDKGENFAX1 U13647 (.A(S_4_7), .B(C_4_6), .C((A[5] & B[6])), .YS(S_5_6), .YC(C_5_6));
  assign S_5_7 = (A[5] & B[7]);
  PDKGENFAX1 U13649 (.A(S_5_1), .B(C_5_0), .C((A[6] & B[0])), .YS(S_6_0), .YC(C_6_0));
  PDKGENFAX1 U13650 (.A(S_5_2), .B(C_5_1), .C((A[6] & B[1])), .YS(S_6_1), .YC(C_6_1));
  PDKGENFAX1 U13651 (.A(S_5_3), .B(C_5_2), .C((A[6] & B[2])), .YS(S_6_2), .YC(C_6_2));
  PDKGENFAX1 U13652 (.A(S_5_4), .B(C_5_3), .C((A[6] & B[3])), .YS(S_6_3), .YC(C_6_3));
  PDKGENFAX1 U13653 (.A(S_5_5), .B(C_5_4), .C((A[6] & B[4])), .YS(S_6_4), .YC(C_6_4));
  PDKGENFAX1 U13654 (.A(S_5_6), .B(C_5_5), .C((A[6] & B[5])), .YS(S_6_5), .YC(C_6_5));
  PDKGENFAX1 U13655 (.A(S_5_7), .B(C_5_6), .C((A[6] & B[6])), .YS(S_6_6), .YC(C_6_6));
  assign S_6_7 = (A[6] & B[7]);
  PDKGENFAX1 U13657 (.A(S_6_1), .B(C_6_0), .C((A[7] & B[0])), .YS(S_7_0), .YC(C_7_0));
  PDKGENFAX1 U13658 (.A(S_6_2), .B(C_6_1), .C((A[7] & B[1])), .YS(S_7_1), .YC(C_7_1));
  PDKGENFAX1 U13659 (.A(S_6_3), .B(C_6_2), .C((A[7] & B[2])), .YS(S_7_2), .YC(C_7_2));
  PDKGENFAX1 U13660 (.A(S_6_4), .B(C_6_3), .C((A[7] & B[3])), .YS(S_7_3), .YC(C_7_3));
  PDKGENFAX1 U13661 (.A(S_6_5), .B(C_6_4), .C((A[7] & B[4])), .YS(S_7_4), .YC(C_7_4));
  PDKGENFAX1 U13662 (.A(S_6_6), .B(C_6_5), .C((A[7] & B[5])), .YS(S_7_5), .YC(C_7_5));
  PDKGENFAX1 U13663 (.A(S_6_7), .B(C_6_6), .C((A[7] & B[6])), .YS(S_7_6), .YC(C_7_6));
  assign S_7_7 = (A[7] & B[7]);
  assign {S_8_7, S_8_6, S_8_5, S_8_4, S_8_3, S_8_2, S_8_1, S_8_0} = {C_7_6, C_7_5, C_7_4, C_7_3, C_7_2, C_7_1, C_7_0} + {S_7_7, S_7_6, S_7_5, S_7_4, S_7_3, S_7_2, S_7_1};
  assign O = {S_8_7,S_8_6,S_8_5,S_8_4,S_8_3,S_8_2,S_8_1,S_8_0,S_7_0,S_6_0,S_5_0,S_4_0,S_3_0,S_2_0,S_1_0,S_0_0};

endmodule
module CLA32bit(a,b,c_in,sum,c_out);

input [31:0]a,b;
input c_in;
output [31:0]sum;
output c_out;

wire [31:0] sum_out,  p,  g;
wire [7:0] PPP, GGG;
wire [8:0] CC;

assign p[31:0] = a[31:0] ^ b[31:0];
assign g[31:0] = a[31:0] & b[31:0];

assign PPP[0]= p [3] & p [2] & p [1] & p [0];
assign PPP[1]= p [7] & p [6] & p [5] & p [4];
assign PPP[2]= p[11] & p[10] & p [9] & p [8];
assign PPP[3]= p[15] & p[14] & p[13] & p[12];
assign PPP[4]= p[19] & p[18] & p[17] & p[16];
assign PPP[5]= p[23] & p[22] & p[21] & p[20];
assign PPP[6]= p[27] & p[26] & p[25] & p[24];
assign PPP[7]= p[31] & p[30] & p[29] & p[28];

assign GGG[0]= g[3]  | (p [3] & g [2])  | (p [3] & p [2] & g [1])  | (p [3] & p [2] & p [1] & g [0]) ;
assign GGG[1]= g[7]  | (p [7] & g [6])  | (p [7] & p [6] & g [5])  | (p [7] & p [6] & p [5] & g [4]);
assign GGG[2]= g[11] | (p[11] & g[10])  | (p[11] & p[10] & g [9])  | (p[11] & p[10] & p [9] & g [8]);
assign GGG[3]= g[15] | (p[15] & g[14])  | (p[15] & p[14] & g[13])  | (p[15] & p[14] & p[13] & g[12]);
assign GGG[4]= g[19] | (p[19] & g[18])  | (p[19] & p[18] & g[17])  | (p[19] & p[18] & p[17] & g[16]);
assign GGG[5]= g[23] | (p[23] & g[22])  | (p[23] & p[22] & g[21])  | (p[23] & p[22] & p[21] & g[20]);
assign GGG[6]= g[27] | (p[27] & g[26])  | (p[27] & p[26] & g[25])  | (p[27] & p[26] & p[25] & g[24]);
assign GGG[7]= g[31] | (p[31] & g[30])  | (p[31] & p[30] & g[29])  | (p[31] & p[30] & p[29] & g[28]);
assign CC[0] = c_in;
assign CC[1] = GGG[0]  |  PPP[0]&  CC[0];
assign CC[2] = GGG[1]  |  PPP[1]&GGG[0]  |  PPP[1]&PPP[0]&  CC[0];
assign CC[3] = GGG[2]  |  PPP[2]&GGG[1]  |  PPP[2]&PPP[1]&GGG[0]  |  PPP[2]&PPP[1]&PPP[0]&  CC[0];
assign CC[4] = GGG[3]  |  PPP[3]&GGG[2]  |  PPP[3]&PPP[2]&GGG[1]  |  PPP[3]&PPP[2]&PPP[1]&GGG[0]  |  PPP[3]&PPP[2]&PPP[1]&PPP[0]&  CC[0];
assign CC[5] = GGG[4]  |  PPP[4]&GGG[3]  |  PPP[4]&PPP[3]&GGG[2]  |  PPP[4]&PPP[3]&PPP[2]&GGG[1]  |  PPP[4]&PPP[3]&PPP[2]&PPP[1]&GGG[0] |  PPP[4]&PPP[3]&PPP[2]&PPP[1]&PPP[0]&  CC[0];
assign CC[6] = GGG[5]  |  PPP[5]&GGG[4]  |  PPP[5]&PPP[4]&GGG[3]  |  PPP[5]&PPP[4]&PPP[3]&GGG[2]  |  PPP[5]&PPP[4]&PPP[3]&PPP[2]&GGG[1] |  PPP[5]&PPP[4]&PPP[3]&PPP[2]&PPP[1]&GGG[0] |  PPP[5]&PPP[4]&PPP[3]&PPP[2]&PPP[1]&PPP[0]& CC[0];
assign CC[7] = GGG[6]  | PPP[6]&GGG[5]  |  PPP[6]&PPP[5]&GGG[4]  |  PPP[6]&PPP[5]&PPP[4]&GGG[3]  |  PPP[6]&PPP[5]&PPP[4]&PPP[3]&GGG[2]  |  PPP[6]&PPP[5]&PPP[4]&PPP[3]&PPP[2]&GGG[1] |  PPP[6]&PPP[5]&PPP[4]&PPP[3]&PPP[2]&PPP[1]&GGG[0] |  PPP[6]&PPP[5]&PPP[4]&PPP[3]&PPP[2]&PPP[1]&PPP[0] & CC[0];
assign CC[8] = GGG[7] | PPP[7]&GGG[6]  | PPP[7]&PPP[6]&GGG[5]  |  PPP[7]&PPP[6]&PPP[5]&GGG[4]  |  PPP[7]&PPP[6]&PPP[5]&PPP[4]&GGG[3]  |  PPP[7]&PPP[6]&PPP[5]&PPP[4]&PPP[3]&GGG[2]  |  PPP[7]&PPP[6]&PPP[5]&PPP[4]&PPP[3]&PPP[2]&GGG[1] |  PPP[7]&PPP[6]&PPP[5]&PPP[4]&PPP[3]&PPP[2]&PPP[1]&GGG[0] |  PPP[7]&PPP[6]&PPP[5]&PPP[4]&PPP[3]&PPP[2]&PPP[1]&PPP[0] & CC[0];
cla_4bit cla4bit1(.aa(a  [3:0]),  .bb(b  [3:0]),  .cin(CC[0]),   .pp(p  [3:0]),  .gg(g  [3:0]),   .summ(sum  [3:0]));
cla_4bit cla4bit2(.aa(a  [7:4]),  .bb(b  [7:4]),  .cin(CC[1]),   .pp(p  [7:4]),  .gg(g  [7:4]),   .summ(sum  [7:4]));
cla_4bit cla4bit3(.aa(a [11:8]),  .bb(b [11:8]),  .cin(CC[2]),   .pp(p [11:8]),  .gg(g [11:8]),   .summ(sum [11:8]));
cla_4bit cla4bit4(.aa(a[15:12]),  .bb(b[15:12]),  .cin(CC[3]),   .pp(p[15:12]),  .gg(g[15:12]),   .summ(sum[15:12]));
cla_4bit cla4bit5(.aa(a[19:16]),  .bb(b[19:16]),  .cin(CC[4]),   .pp(p[19:16]),  .gg(g[19:16]),   .summ(sum[19:16]));
cla_4bit cla4bit6(.aa(a[23:20]),  .bb(b[23:20]),  .cin(CC[5]),   .pp(p[23:20]),  .gg(g[23:20]),   .summ(sum[23:20]));
cla_4bit cla4bit7(.aa(a[27:24]),  .bb(b[27:24]),  .cin(CC[6]),   .pp(p[27:24]),  .gg(g[27:24]),   .summ(sum[27:24]));
cla_4bit cla4bit8(.aa(a[31:28]),  .bb(b[31:28]),  .cin(CC[7]),   .pp(p[31:28]),  .gg(g[31:28]),   .summ(sum[31:28]));

assign c_out=CC[8];

endmodule
module cla_4bit(aa,bb,cin,summ,pp,gg);
input  [3:0] aa,bb,pp,gg;  
input cin;
output [3:0] summ;

wire [3:0] c;

   assign c[0] = cin;
   assign c[1] = gg[0] | (pp[0] & c[0]);
   assign c[2] = gg[1] | (pp[1] & gg[0]) | (pp[1] & pp[0] & c[0]);
   assign c[3] = gg[2] | (pp[2] & gg[1]) | (pp[2] & pp[1] & gg[0])| (pp[2] & pp[1] & pp[0] & c[0]);

   assign summ[3:0] = pp[3:0]  ^  c[3:0];
endmodule

`timescale 1ns/100ps
module mul16u_CG0 ( input[15:0] A,
                   input[15:0] B,
                   output [31:0] O
                 );

wire [15:0] ll,lh,hl,hh;
wire [31:0] llhhlh_sum;
wire [31:0] shifted_llhh, shifted_lh, shifted_hl;

localparam MAX1 = 15;
localparam MIN1 = 8;

localparam MAX2 = 7;
localparam MIN2 = 0;

mult8_cgp14_wc10_csamrca LxL (.A(A[MAX2:MIN2]), .B(B[MAX2:MIN2]), .O(ll));
trun8_tam00b HxL (.A(A[MAX1:MIN1]), .B(B[MAX2:MIN2]), .O(hl));
mul8_364 LxH (.A(A[MAX2:MIN2]), .B(B[MAX1:MIN1]), .O(lh));
mul8_364 HxH (.A(A[MAX1:MIN1]), .B(B[MAX1:MIN1]), .O(hh));

assign shifted_llhh = { hh, ll }; 
assign shifted_lh = { {8{1'b0}}, lh, {8{1'b0}}}; 
assign shifted_hl = { {8{1'b0}}, hl, {8{1'b0}}};
CLA32bit LLHHLH (.a(shifted_llhh), .b(shifted_lh), .c_in(1'b0), .sum(llhhlh_sum), .c_out());
CLA32bit SUMO (.a(llhhlh_sum), .b(shifted_hl), .c_in(1'b0), .sum(O), .c_out());

endmodule


/* mod */
module PDKGENFAX1( input A, input B, input C, output YS, output YC );
    assign YS = (A ^ B) ^ C;
    assign YC = (A & B) | (B & C) | (A & C);
endmodule
/* mod */
module PDKGENHAX1( input A, input B, output YS, output YC );
    assign YS = A ^ B;
    assign YC = A & B;
endmodule
/* mod */
module PDKGENAND2X1(input A, input B, output Y );
     assign Y = A & B;
endmodule
/* mod */
module PDKGENBUFX2(input A, output Y );
     assign Y = A;
endmodule